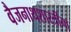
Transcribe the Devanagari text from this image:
वैजनाथशास्त्रींना